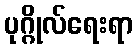
ပုဂ္ဂိုလ်ရေးရာ